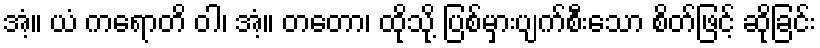
အံ့။ ယံ ကရောတိ ဝါ၊ အံ့။ တတော၊ ထိုသို့ ပြစ်မှားပျက်စီးသော စိတ်ဖြင့် ဆိုခြင်း